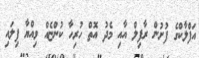
އަފްލާކްގެ ފުށުން ރާފިލް އާއި މެދު އޮތް ހުރިހާ ކުންޏެއް ވިއްޔާ ފިލައި